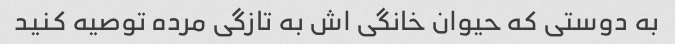
به دوستی که حیوان خانگی اش به تازگی مرده توصیه کنید